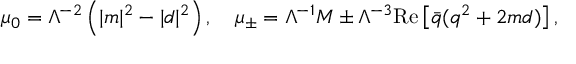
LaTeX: \mu _ { 0 } = \Lambda ^ { - 2 } \left( | m | ^ { 2 } - | d | ^ { 2 } \right) , \quad \mu _ { \pm } = \Lambda ^ { - 1 } M \pm \Lambda ^ { - 3 } \mathrm { R e } \left[ { \bar { q } } ( q ^ { 2 } + 2 m d ) \right] ,